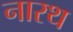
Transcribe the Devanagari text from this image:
नारथ